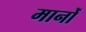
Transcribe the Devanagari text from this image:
मानोँ